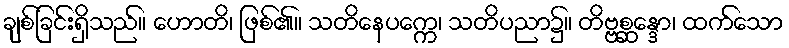
ချစ်ခြင်းရှိသည်။ ဟောတိ၊ ဖြစ်၏။ သတိနေပက္ကေ၊ သတိပညာ၌။ တိဗ္ဗစ္ဆန္ဒော၊ ထက်သော